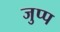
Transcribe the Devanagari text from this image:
जुप्प